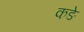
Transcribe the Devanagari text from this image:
कङे